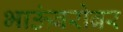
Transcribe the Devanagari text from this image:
भाऊंबरोबर